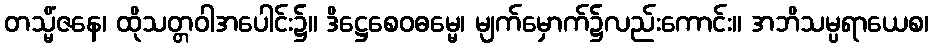
တသ္မိံဇနေ၊ ထိုသတ္တဝါအပေါင်း၌။ ဒိဋ္ဌေစေဝဓမ္မေ၊ မျက်မှောက်၌လည်းကောင်း။ အဘိသမ္ပရာယေစ၊